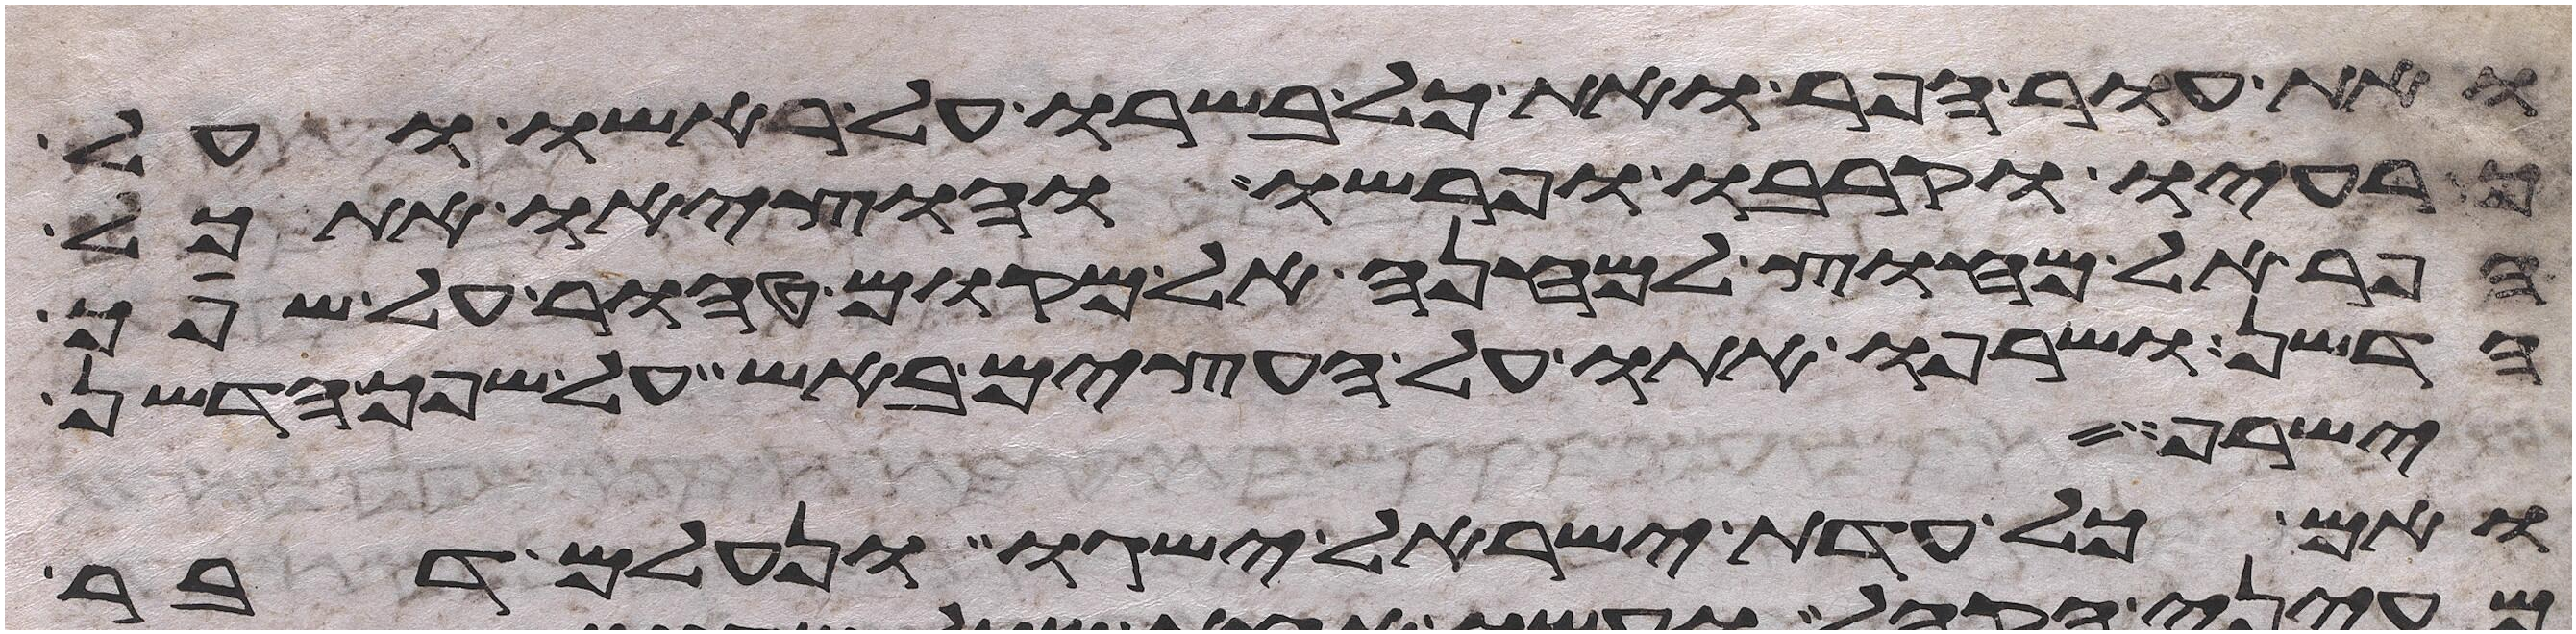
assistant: ואת עור הפר ואת כל בשרו על ראשו ועל
כרעיו וקרבו ופרשו והוציאו את כל
הפר אל מחוץ למחנה אל מקום טהור על שפך
הדשן ושרפו אתו על העצים באש על שפך הדשן
ישרף
ואם כל עדת ישראל ישגו ונעלם דבר